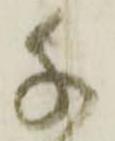
千